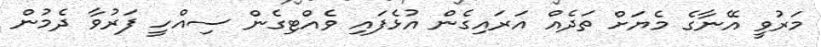
މަރުވީ އޭނާގެ މެޔަށް ތަދެއް އަރައިގެން އުޅެފައި ވެއްޓިގެން ސިއްހީ ފަރުވާ ދެމުން